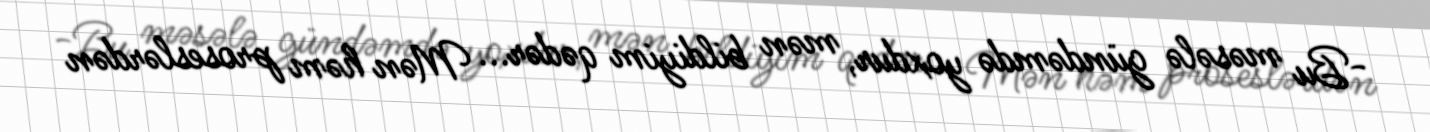
-Bu məsələ gündəmdə yoxdur, mən bildiyim qədər... Mən həm proseslərdən